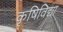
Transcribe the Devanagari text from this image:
कृषिविद्या